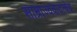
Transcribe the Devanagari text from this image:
साम्राज्यवादाचेच